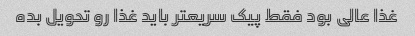
غذا عالی بود فقط پیک سریعتر باید غذا رو تحویل بده